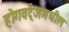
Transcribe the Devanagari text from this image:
होगवर्ट्‌जमधील